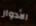
الأدوار